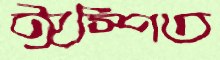
ঈস্পিত